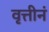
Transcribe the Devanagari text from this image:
वृत्तीनं